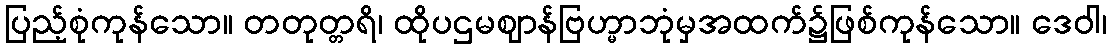
ပြည့်စုံကုန်သော။ တတုတ္တရိ၊ ထိုပဌမဈာန်ဗြဟ္မာဘုံမှအထက်၌ဖြစ်ကုန်သော။ ဒေဝါ၊